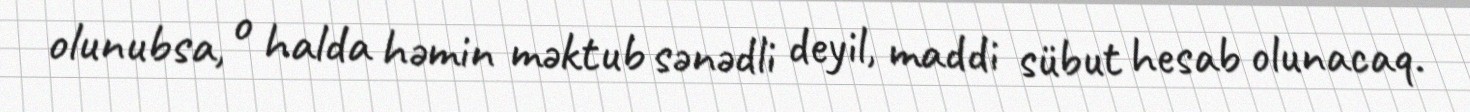
olunubsa, o halda həmin məktub sənədli deyil, maddi sübut hesab olunacaq.